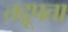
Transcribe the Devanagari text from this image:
तद्रूपता